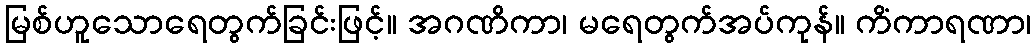
မြစ်ဟူသောရေတွက်ခြင်းဖြင့်။ အဂဏိကာ၊ မရေတွက်အပ်ကုန်။ ကိံကာရဏာ၊